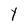
Character: Y